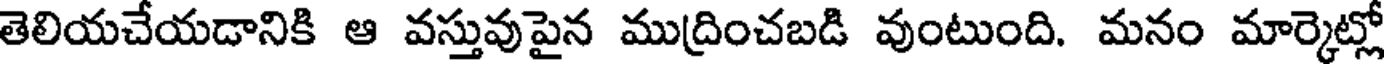
తెలియచేయడానికి ఆ వస్తువుపైన ముద్రించబడి వుంటుంది. మనం మార్కెట్లో